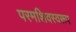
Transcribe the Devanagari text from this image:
परमशिवस्वरूप